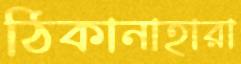
ঠিকানাহারা